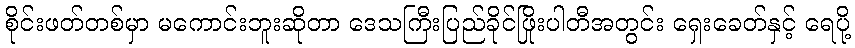
စိုင်းဖတ်တစ်မှာ မကောင်းဘူးဆိုတာ ဒေသကြီးပြည်ခိုင်ဖြိုးပါတီအတွင်း ရှေးခေတ်နှင့် ရေပို့